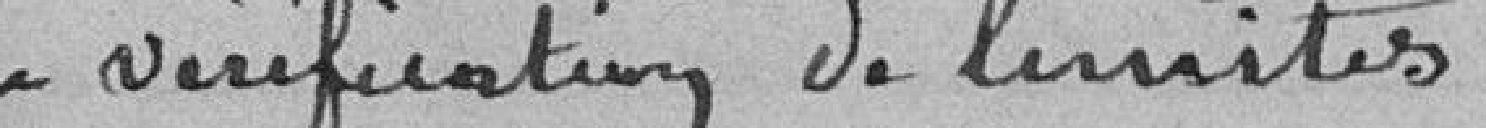
en vérification de limites.